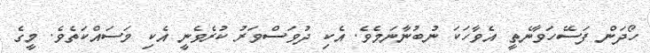
ހޯދަން ފަސޭހަވާނެތީ އެވާހަކަ ނުބުނާނަމެވެ. އެކި ދުވަސްވަރު ކުރެވެނީ އެކި މަސައްކަތެވެ. މީގެ